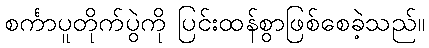
စင်္ကာပူတိုက်ပွဲကို ပြင်းထန်စွာဖြစ်စေခဲ့သည်။